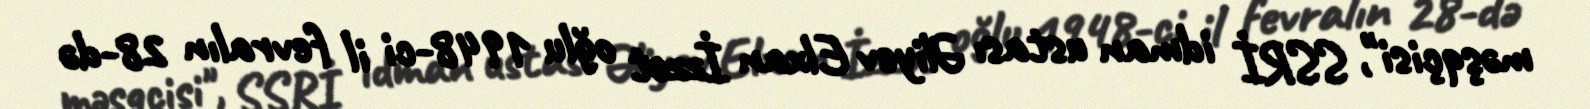
məşqçisi", SSRİ idman ustası Əliyev Elxan İzzət oğlu 1948-ci il fevralın 28-də